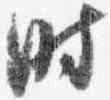
時